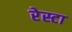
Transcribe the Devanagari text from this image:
रेस्टा